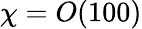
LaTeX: \chi=O(100)